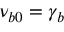
\nu _ { b 0 } = \gamma _ { b }